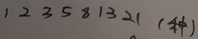
1 2 3 5 8 1 3 2 1 ( 种 )